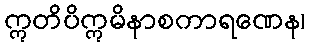
ဣတိပိဣမိနာစကာရဏေန၊